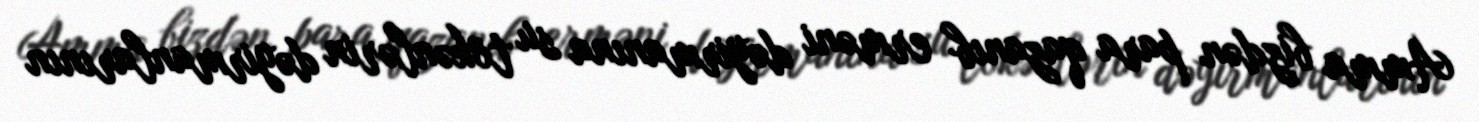
Amma bizdən para qazanıb erməni dəyirmanına su tökənlərin dəyirmanlarının